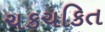
ચકચકિત